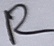
Text: R